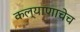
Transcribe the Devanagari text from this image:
कल्याणाचेच